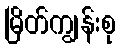
မြိတ်ကျွန်းစု